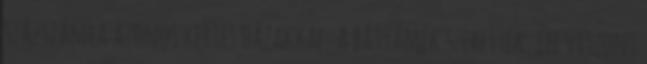
százszámra azonos kertes házakkal. A bátyámék szerették, én viszont